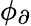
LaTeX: \phi_{\partial}